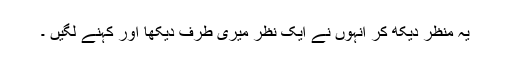
یہ منظر دیکھ کر انہوں نے ایک نظر میری طرف دیکھا اور کہنے لگیں ۔